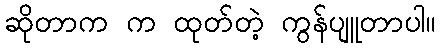
ဆိုတာက က ထုတ်တဲ့ ကွန်ပျူတာပါ။